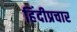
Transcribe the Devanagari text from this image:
हिंदीप्रचार